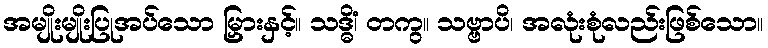
အမျိုးမျိုးပြုအပ်သော မြှားနှင့်။ သဒ္ဓိံ၊ တကွ။ သဗ္ဗာပိ၊ အလုံးစုံလည်းဖြစ်သော။